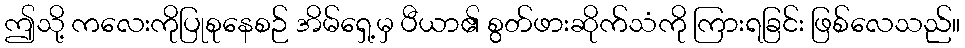
ဤသို့ ကလေးကိုပြုစုနေစဉ် အိမ်ရှေ့မှ ပီယာ၏ စွတ်ဖားဆိုက်သံကို ကြားရခြင်း ဖြစ်လေသည်။